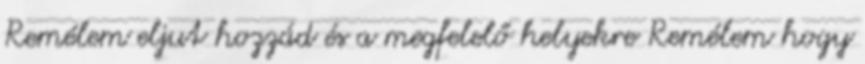
Remélem eljut hozzád és a megfelelő helyekre Remélem hogy